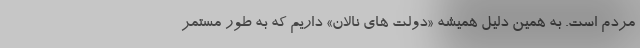
مردم است. به همین دلیل همیشه «دولت های نالان» داریم که به طور مستمر